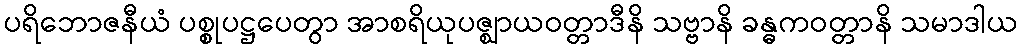
ပရိဘောဇနီယံ ပစ္စုပဋ္ဌပေတွာ အာစရိယုပဇ္ဈာယဝတ္တာဒီနိ သဗ္ဗာနိ ခန္ဓကဝတ္တာနိ သမာဒါယ